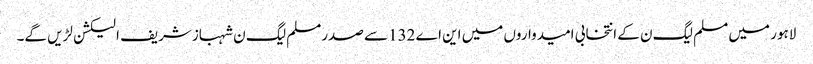
لاہور میں مسلم لیگ ن کے انتخابی امیدواروں میں این اے 132سے صدرمسلم لیگ ن شہبازشریف الیکشن لڑیں گے۔